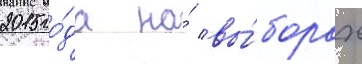
2015 го́да на́ вы́борах